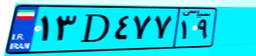
۶۸D۰۵۰۱۸